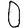
Digit: 0